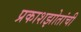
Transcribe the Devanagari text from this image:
प्रकाशझोतांची